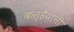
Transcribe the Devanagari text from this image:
कन्हैयानी